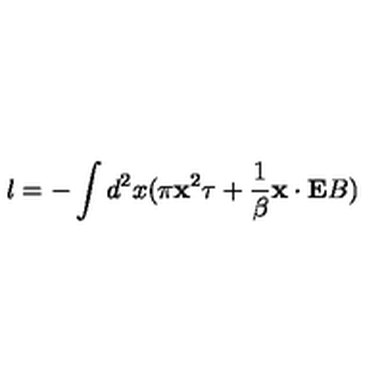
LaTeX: l = - \int d ^ { 2 } x ( \pi { \bf x } ^ { 2 } \tau + { \frac { 1 } { \beta } } { \bf x } \cdot { \bf E } B )